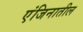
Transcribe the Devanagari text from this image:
एंजिनातील